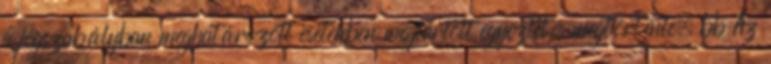
a jogszabályban meghatározott esetekben megtartott egyeztetés megtörténte. bb Az